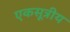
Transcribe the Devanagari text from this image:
एकसूत्रीय